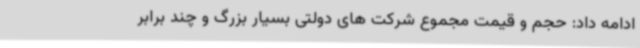
ادامه داد: حجم و قیمت مجموع شرکت های دولتی بسیار بزرگ و چند برابر